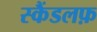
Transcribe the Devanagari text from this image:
स्कैंडलफ़